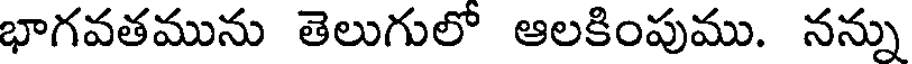
భాగవతమును తెలుగులో ఆలకింపుము. నన్ను